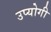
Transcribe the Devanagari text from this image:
उप्योगी